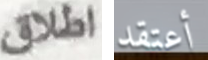
اطلاق أعتقد